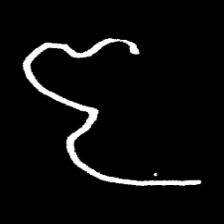
Pyu character \u2014 Myanmar letter: ဇ (romanized: ja)